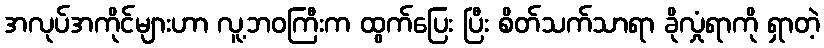
အလုပ်အကိုင်များဟာ လူ့ဘဝကြီးက ထွက်ပြေး ပြီး စိတ်သက်သာရာ ခိုလှုံရာကို ရှာတဲ့